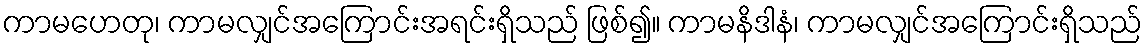
ကာမဟေတု၊ ကာမလျှင်အကြောင်းအရင်းရှိသည် ဖြစ်၍။ ကာမနိဒါနံ၊ ကာမလျှင်အကြောင်းရှိသည်